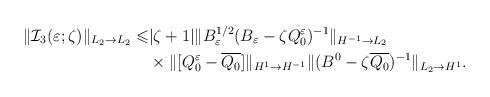
LaTeX: \begin{align*}\|{\mathcal I}_3(\varepsilon;\zeta)\|_{L_2 \to L_2}\leqslant&\vert \zeta +1\vert \Vert B_\varepsilon ^{1/2}(B_\varepsilon -\zeta Q_0^\varepsilon )^{-1}\Vert _{H^{-1}\rightarrow L_2}\\&\times \Vert [Q_0^\varepsilon -\overline{Q_0}]\Vert _{H^1\rightarrow H^{-1}} \Vert (B^0-\zeta \overline{Q_0})^{-1}\Vert _{L_2\rightarrow H^1}.\end{align*}